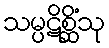
သမ္ပဋိစ္ဆိံသု